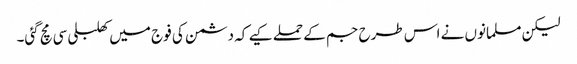
لیکن مسلمانوں نے اس طرح جم کے حملے کیے کہ دشمن کی فوج میں کھلبلی سی مچ گئی۔